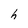
Character: h